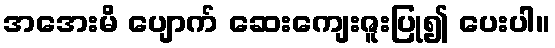
အအေးမိ ပျောက် ဆေးကျေးဇူးပြု၍ ပေးပါ။